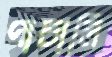
পাচালি